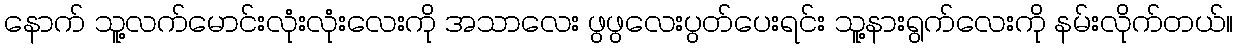
နောက် သူ့လက်မောင်းလုံးလုံးလေးကို အသာလေး ဖွဖွလေးပွတ်ပေးရင်း သူ့နားရွက်လေးကို နမ်းလိုက်တယ်။